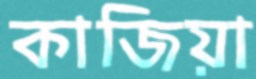
কাজিয়া